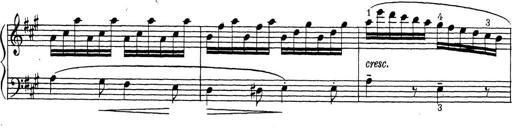
Title: ÄŒeskÃ© Sonatiny
Composer: Various